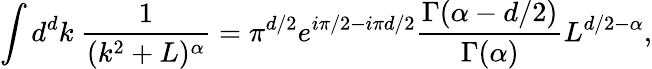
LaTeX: \int d^{d}k\ \frac{1}{(k^{2}+L)^{\alpha}}=\pi^{d/2}e^{i\pi/2-i\pi d/2}\frac{\Gamma(\alpha-d/2)}{\Gamma(\alpha)}L^{d/2-\alpha},